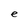
Character: e